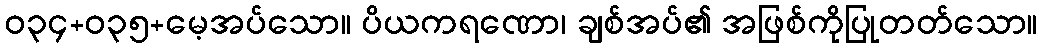
ဝ၃၄+၀၃၅+မေ့အပ်သော။ ပိယကရဏော၊ ချစ်အပ်၏ အဖြစ်ကိုပြုတတ်သော။